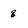
Character: g